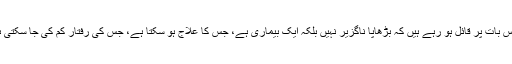
وقت گزرنے کے ساتھ بہت زیادہ سائنسدان اس بات پر قائل ہو رہے ہیں کہ بڑھاپا ناگزیر نہیں بلکہ ایک بیماری ہے، جس کا علاج ہو سکتا ہے، جس کی رفتار کم کی جا سکتی ہے یا اسے مکمل طور پر روکا جا سکتا ہے۔